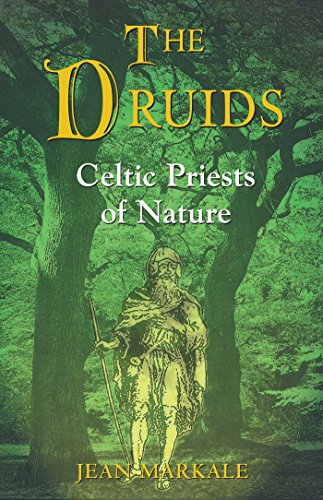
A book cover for The Druids: Celtic Priests of Nature; Jean Markale; Religion & Spirituality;